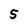
Character: 5